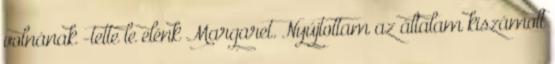
volnának -tette le elénk Margaret. Nyújtottam az általam kiszámolt